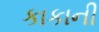
કાકાની